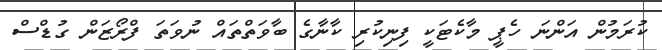
ކުރަމުން އަންނަ ހެޕީ މާކެޓަކީ ފިނިކުރި ކާނާގެ ބާވަތްތައް ނުވަތަ ފްރޯޒަން ގުޑްސް